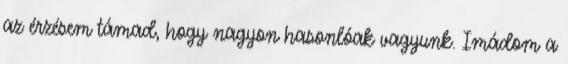
az érzésem támad, hogy nagyon hasonlóak vagyunk. Imádom a